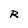
Character: R